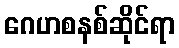
ဂေဟစနစ်ဆိုင်ရာ